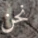
نحن